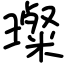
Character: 璨